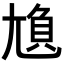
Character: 𡯿